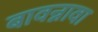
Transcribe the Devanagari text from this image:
बावन्नावा